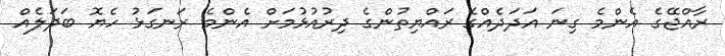
ރާއްޖޭގެ އެންމެ ގިނަ އަދަދެއްގެ ރައްޔިތުންގެ ދިރުއުޅުމަށް އެންމެ ރަނގަޅު ހެޔޮ ބަދަލެއް